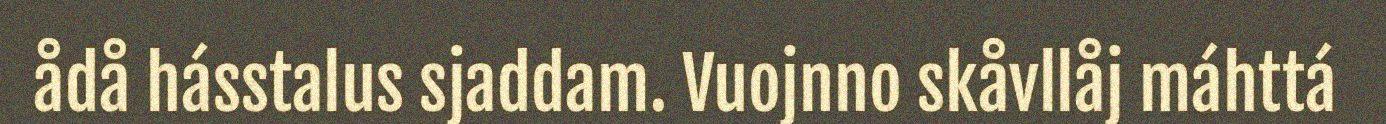
ådå hásstalus sjaddam. Vuojnno skåvllåj máhttá